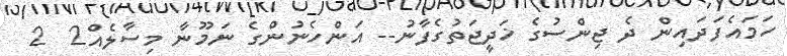
ހަމައެފަދައިން ދެ ޖިންސުގެ ޚަދީޖަތުގެފާނު-- އަންހެނުންގެ ނަމޫނާ މިސާލެއް2  2